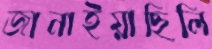
জানাইয়াছিলি